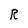
Character: R